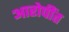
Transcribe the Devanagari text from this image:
आरोपींत